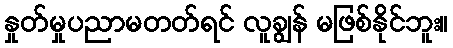
နှုတ်မှုပညာမတတ်ရင် လူချွန် မဖြစ်နိုင်ဘူး။